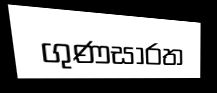
ගුණසාරත